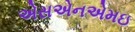
એસએનએમઇ